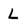
Character: L